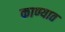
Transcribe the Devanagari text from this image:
काण्यात